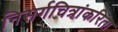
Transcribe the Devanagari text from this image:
निसर्गचित्रांकरिता